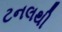
ટનલથી